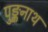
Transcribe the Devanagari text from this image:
पुङ्कनाथ